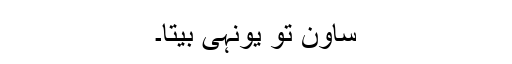
ساون تو یونہی بیتا۔